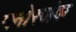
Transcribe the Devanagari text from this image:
मनोरजंक